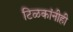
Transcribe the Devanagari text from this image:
टिळकांनीही